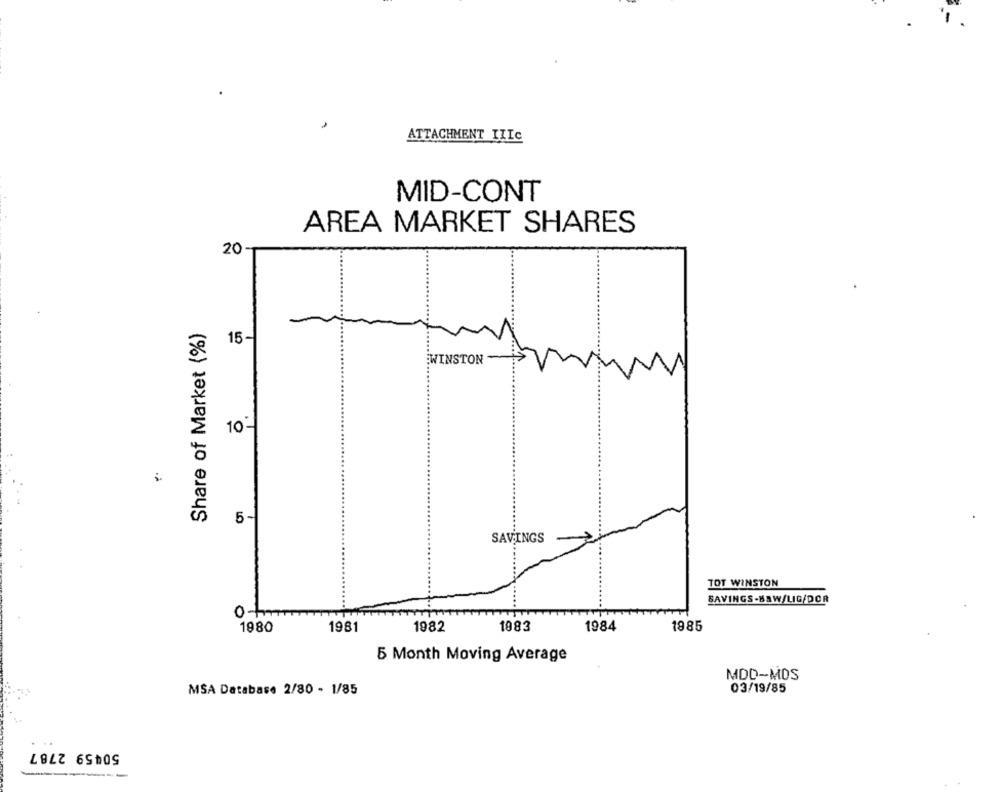
ATTACHMENT IIIC
MID-CONT
AREA MARKET SHARES
20-
Share of Market (%)
15-
WINSTON -
10-
5-
SAVINGS
TOT WINSTON
SAVINGS-BAW/LIG/DOR
ot
1980
1983
1985
1981
1982
1984
5 Month Moving Average
MDD-MOS
03/19/85
MSA Database 2/80 - 1/85
50459 2787
----